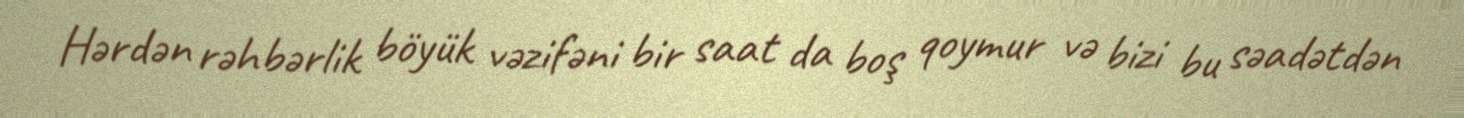
Hərdən rəhbərlik böyük vəzifəni bir saat da boş qoymur və bizi bu səadətdən